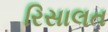
રિસાલત